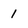
Character: 1